65_HS1-834228961_62-HQ-83894_Section_8
Agency: FBI
Page 141
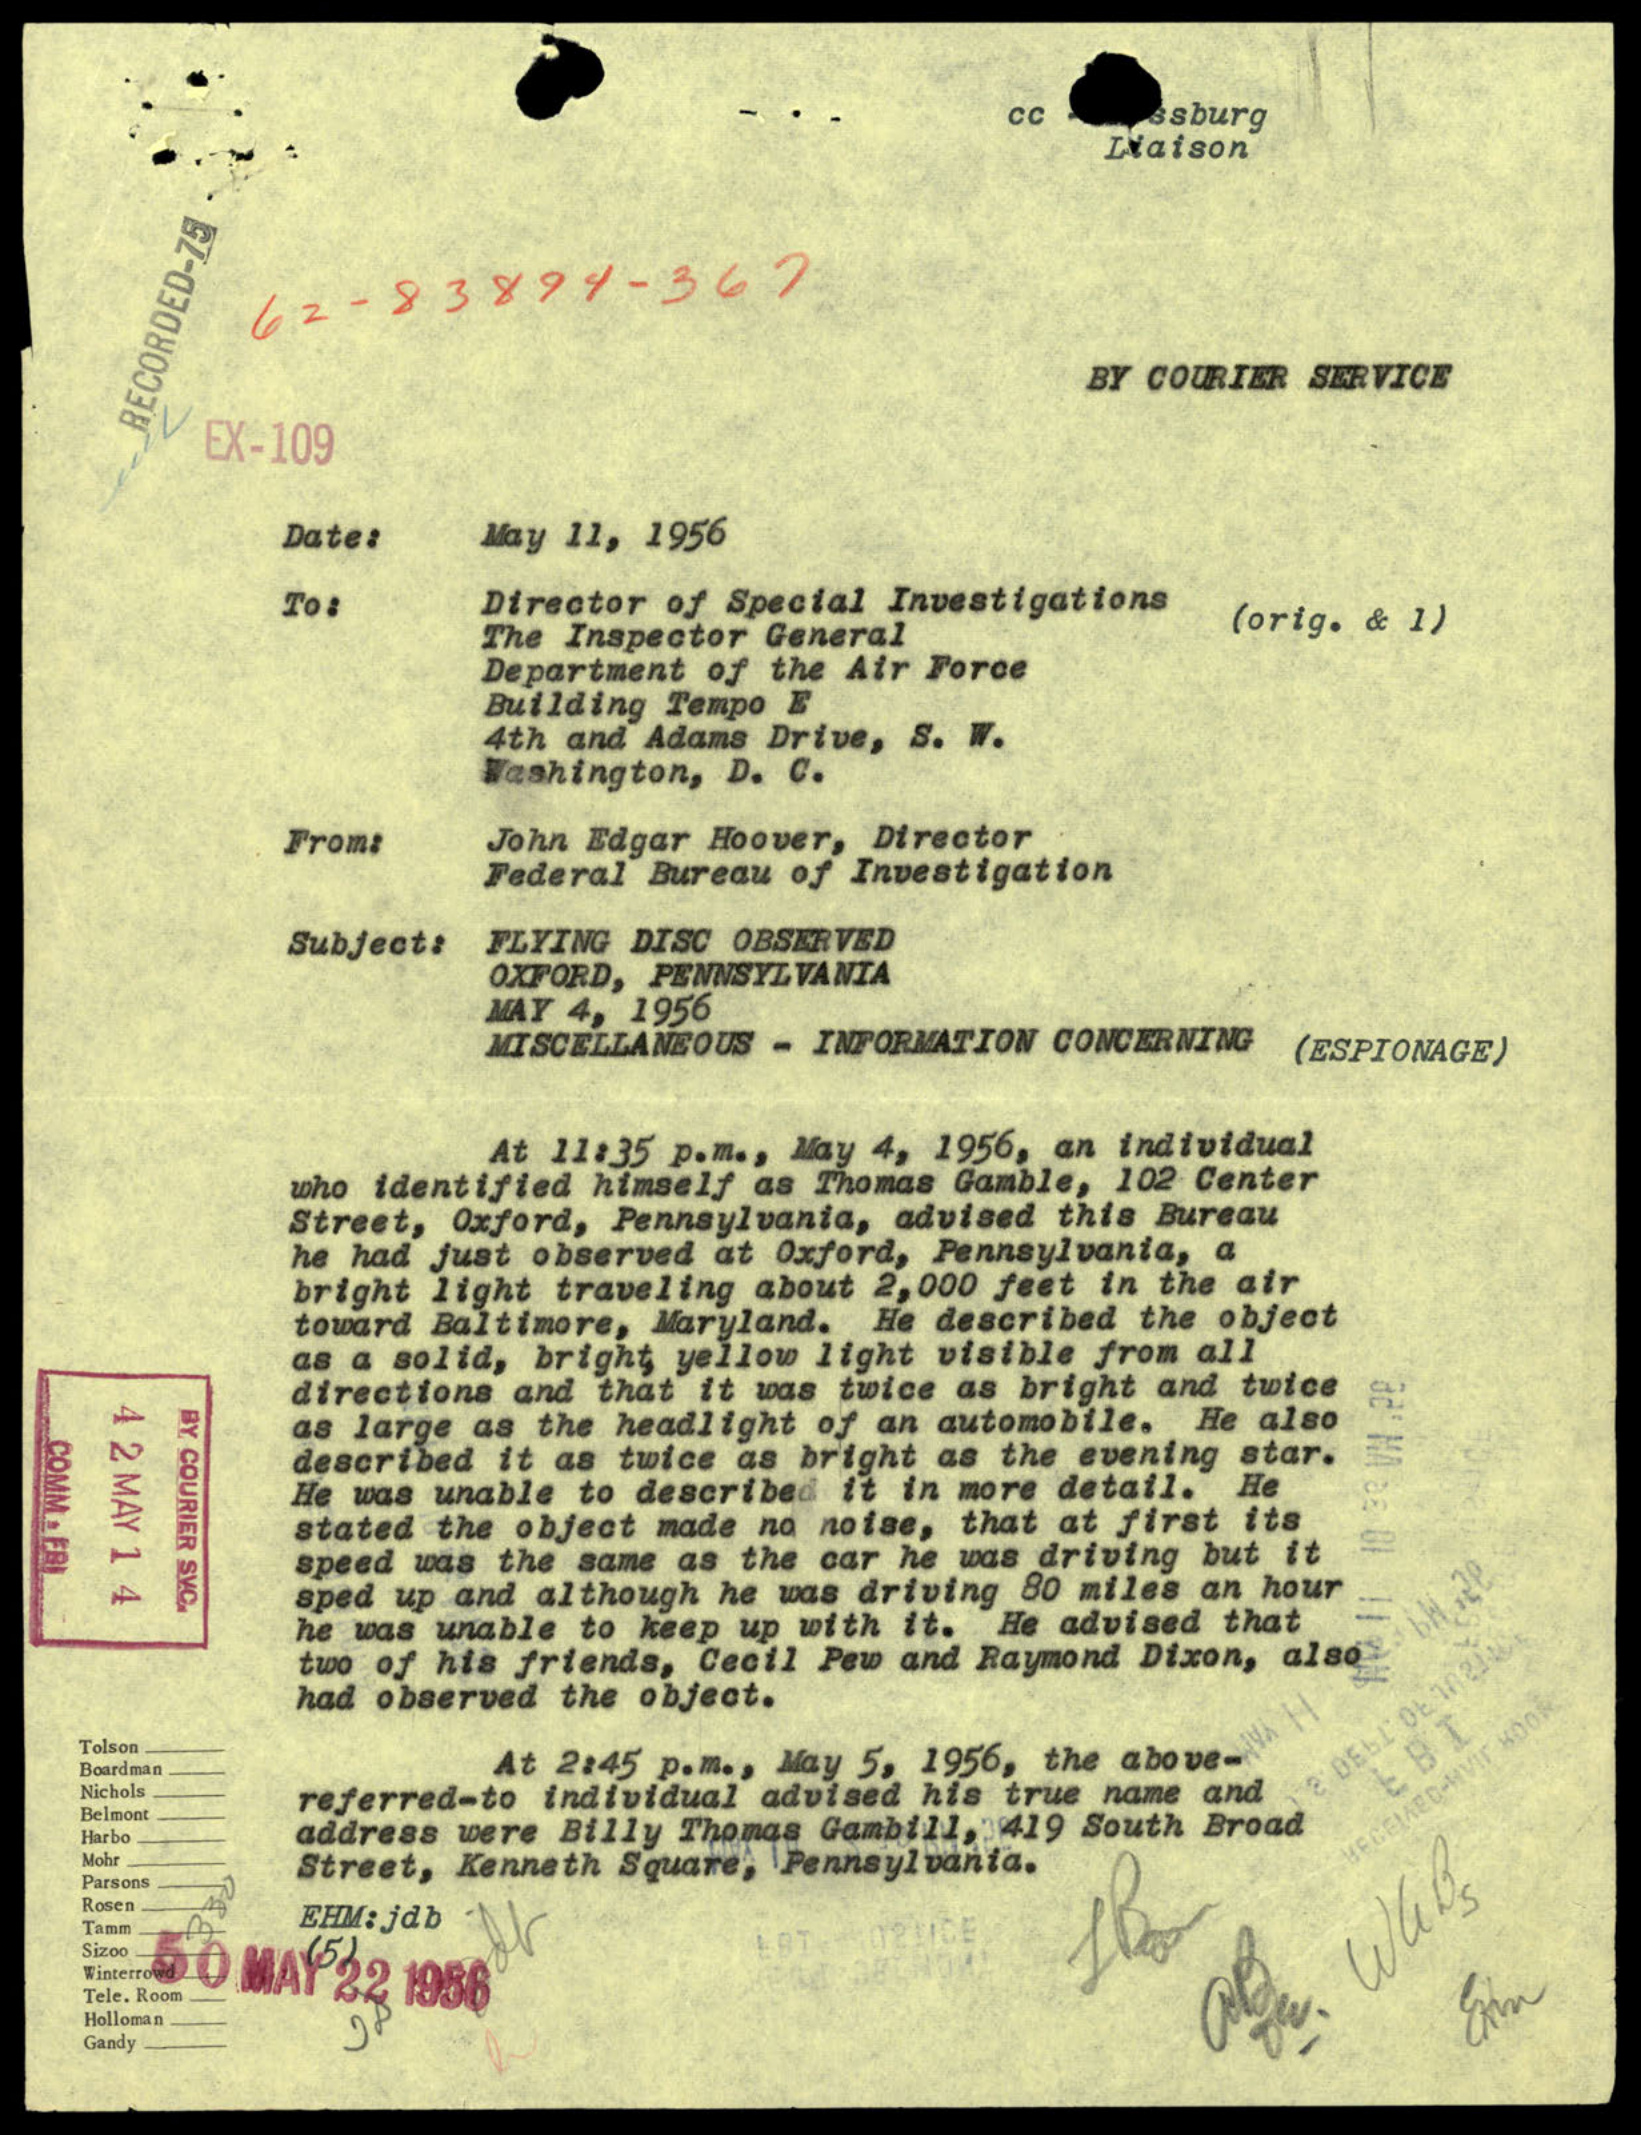